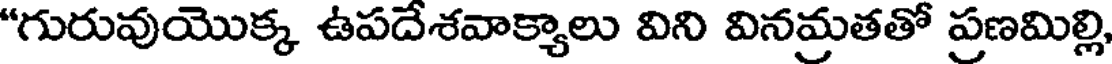
"గురువుయొక్క ఉపదేశవాక్యాలు విని వినమ్రతతో ప్రణమిల్లి